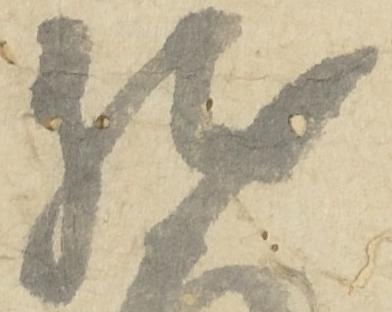
然